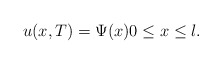
\begin{align*} u(x, T) = \Psi(x) 0 \leq x \leq l. \end{align*}